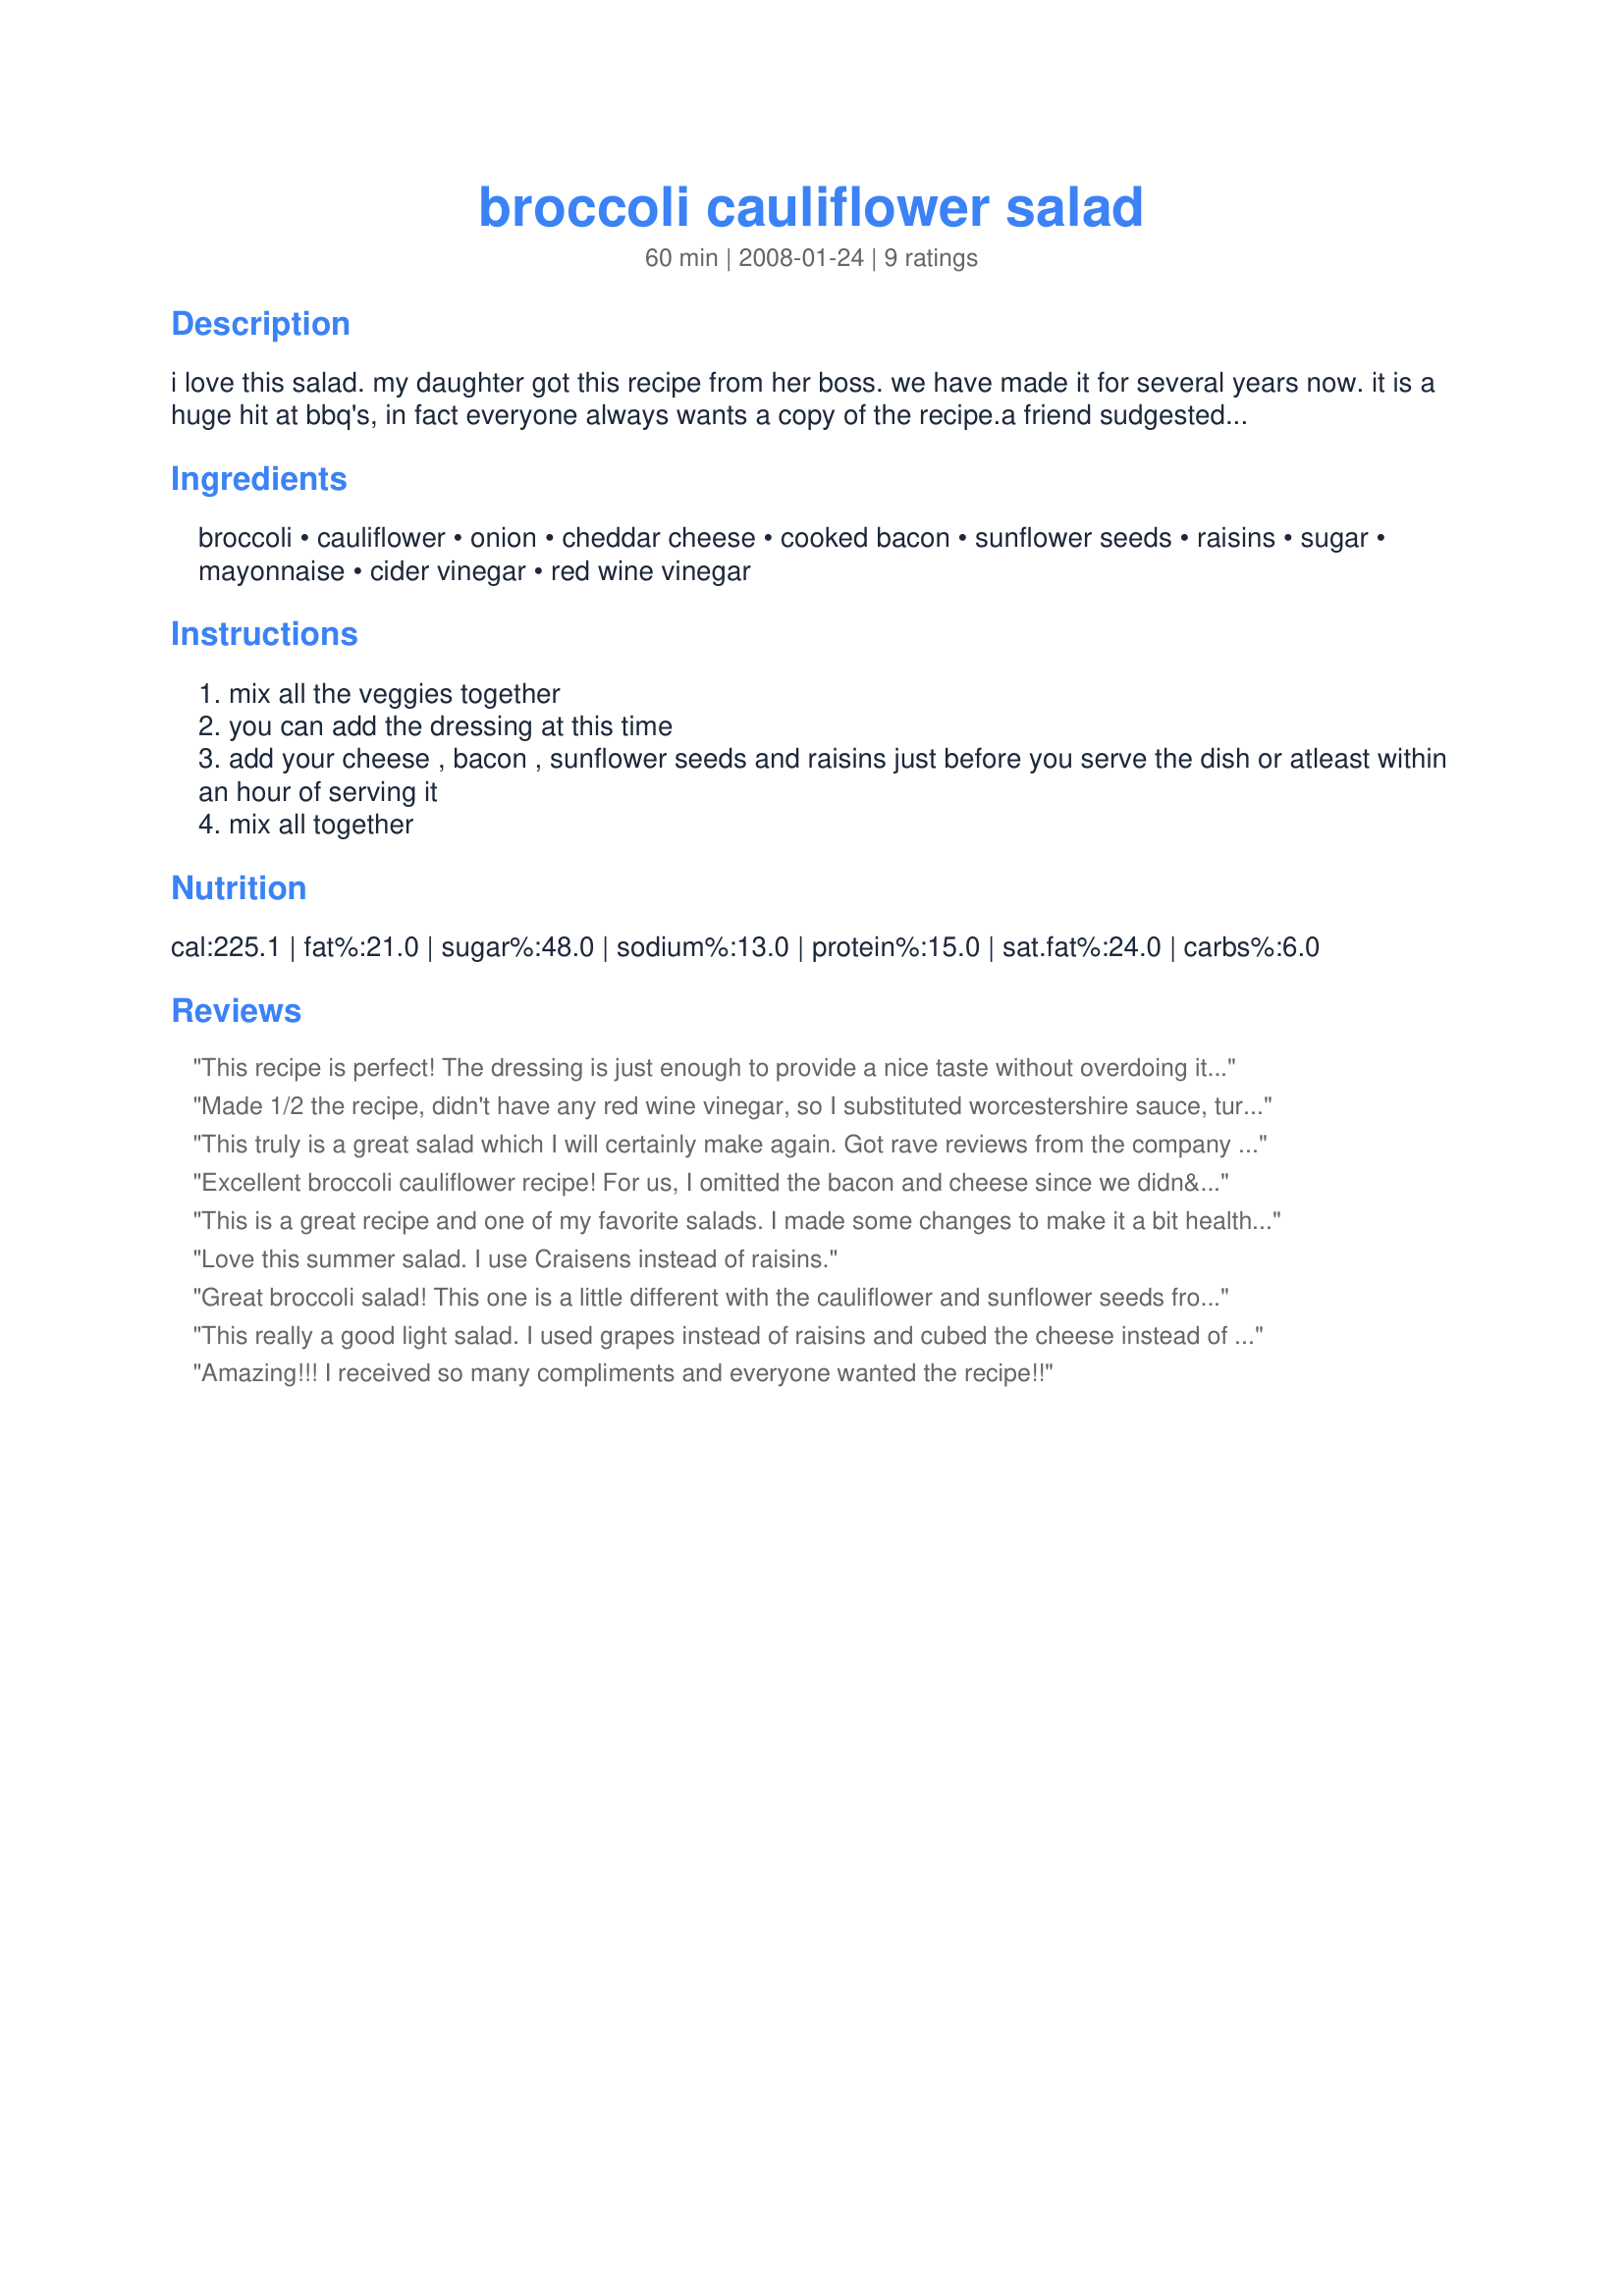
broccoli cauliflower salad
Preparation time: 60 minutes

i love this salad. my daughter got this recipe from her boss. we have made it for several years now. it is a huge hit at bbq's, in fact everyone always wants a copy of the recipe.a friend sudgested i make copies of the recipe when i take it to gatherings. great idea! the best part about this recipe is you get a lil bit of something in every bite! that is why it is so important to cut your veggie's up into small bite size pieces. i also only use 1/4 to 1/2 cup of fresh green onions

Ingredients:
broccoli, cauliflower, onion, cheddar cheese, cooked bacon, sunflower seeds, raisins, sugar, mayonnaise, cider vinegar, red wine vinegar

Steps:
mix all the veggies together
you can add the dressing at this time
add your cheese , bacon , sunflower seeds and raisins just before you serve the dish or atleast within an hour of serving it
mix all together

Reviews:
This recipe is perfect! The dressing is just enough to provide a nice taste without overdoing it! Love, love, love it! Will keep and repeat!
Made 1/2 the recipe, didn't have any red wine vinegar, so I substituted worcestershire sauce, turned out great! Will definitely be making this for potlucks this summer.
This truly is a great salad which I will certainly make again. Got rave reviews from the company on this one.
Excellent broccoli cauliflower recipe! For us, I omitted the bacon and cheese since we didn&#039;t need more fat in today&#039;s dinner. The dressing is simple but delicious and the veggies are our favourites. Another time, the bacon and cheese may be included. I&#039;ll be making this a lot! Thanks for sharing.
This is a great recipe and one of my favorite salads. I made some changes to make it a bit healthier because the original recipe is pretty bad for you. I used fat free mayo, only one cup of cheese and only 1/4 cup of sugar. I upped the raisins to 1/2 cup to add some natural sweetness, and it was still almost too sweet. I cannot imagine using an entire 1/2 cup of sugar in this recipe! Everyone thought it was great, but believe it or not my daughter thought it was too sweet and I agreed with her. And we have sweet tooths! Next time I will use only 1/8 cup of sugar and I am sure it will still taste great. Just a few suggestions if you want to remove a good amount of the calories in this great dish!
Love this summer salad. I use Craisens instead of raisins.
Great broccoli salad! This one is a little different with the cauliflower and sunflower seeds from the usual broccoli salad. Just enough dressing to give flavor but not drown the veggies. I used green onions (full amount) and for the dressing fat free mayo and splenda. Oh, I also used bacon bits for the cooked bacon, I was to lazy to fry some up. :) I mixed this all up and had leftovers and it tasted better the next day even with the cheese and everything mixed in. I think the flavors just had more time to mix and develop. Thanks for posting Peace, I could eat this for desert!
This really a good light salad. I used grapes instead of raisins and cubed the cheese instead of shredded.
Amazing!!! I received so many compliments and everyone wanted the recipe!!
